Report on vaccination in Madras 1877-1894 - 1877-1894
Year: 1877
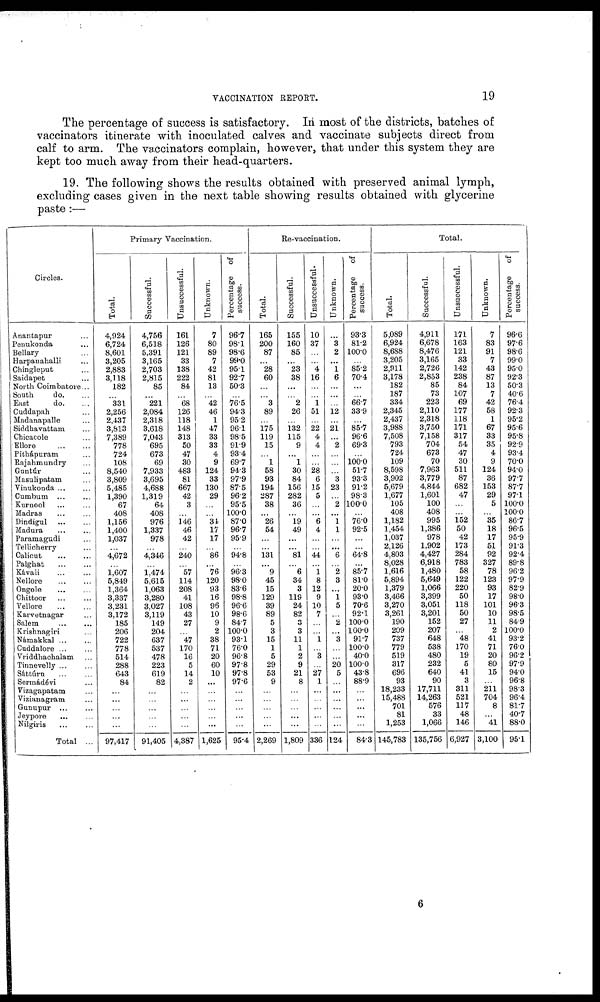
VACCINATION REPORT.
19
The percentage of success is satisfactory. In most of the districts, batches of
vaccinators itinerate with inoculated calves and vaccinate subjects direct from
calf to arm. The vaccinators complain, however, that under this system they are
kept too much away from their head-quarters.
19. The following shows the results obtained with preserved animal lymph,
excluding cases given in the next table showing results obtained with glycerine
paste:—
Circles.
Anantapur ...
Penukonda ...
Bellary ...
Harpanahalli ...
Chingleput ...
Saidapet ...
North Coimbatore...
South
do. ...
East
do. ...
Cuddapah ...
Madanapalle ...
Siddhavattam ...
Chioacole ...
Ellore
...
...
Pithápuram ...
Rajahmundry ...
Guntúr ...
Masulipatam ...
Vinukonda ... ...
Cumhum
...
...
Kurnool ... ...
Madras ... ...
Dindigul
...
...
Madura
...
...
Paramagudi ...
Tellicherry ...
Calicut
...
...
Palghat
...
...
Kávali
...
...
Nellore ... ...
Ongole
...
...
Chittoor
...
...
Vellore
...
...
Karvetnagar ...
Salem
...
...
Krishnagiri ...
Mámakkal ... ...
Cuddalore ... ...
Vriddhachalam ...
Tirraevelly ... ...
Sáttúrn
...
...
Sermádéci ...
Vizagapatam ...
Vizianagram ...
Gunupur
...
...
Jeypore ... ...
Nilgiris
...
...
Total ...
Primary Vaccination.
Total.
4,924
6,724
8,601
3,205
2,883
3,118
182
...
331
2,256
2,437
3,813
7,389
778
724
108
8,540
3,809
5,485
1,390
67
408
1,156
1,400
1,037
...
4,672
...
1,607
5,849
1,364
3,337
3,231
3,172
185
206
722
778
514
288
643
84
...
...
...
...
...
97,417
Successful.
4,756
6,518
5,391
3,165
2,703
2,815
85
...
221
2,084
2,318
3,618
7,043
695
673
69
7,933
3,695
4,688
1,319
64
408
976
1,337
978
...
4,346
...
1,474
5,615
1,063
3,280
3,027
3,119
149
204
637
537
478
223
619
82
...
...
...
...
...
91,405
Unsuccessful.
161
126
121
33
138
222
84
...
68
126
118
148
313
50
47
30
483
81
667
42
3
...
146
46
42
...
240
...
57
114
208
41
108
43
27
...
47
170
16
5
14
2
...
...
...
...
...
4,387
Unknown.
7
80
89
7
42
81
13
...
42
46
1
47
33
33
4
9
124
33
130
29
...
...
34
17
17
...
86
...
76
120
93
16
96
10
9
2
38
71
20
60
10
...
...
...
...
...
...
1,625
Percentage of
success.
96.7
98.1
98.6
99.0
95.1
92.7
50.3
...
76.5
94.3
95.2
96.1
98.5
91.9
93.4
69.7
94.3
97.9
87.5
96.2
95.5
100.0
87.0
96.7
95.9
...
94.8
...
96.3
98.0
88.6
98.8
96.6
98.6
84.7
100.0
93.1
76.0
96.8
97.8
97.8
97.6
...
...
...
...
...
95.4
Re-vaccination.
Total.
165
200
87
...
28
60
...
...
3
89
...
175
119
15
...
1
58
93
194
287
38
...
26
54
...
...
131
...
9
45
15
129
39
89
5
3
15
1
5
29
53
9
...
...
...
...
...
2,269
Successful.
155
160
85
...
23
38
...
...
2
26
...
132
115
9
...
1
30
84
156
282
36
...
19
49
...
...
81
...
6
34
3
119
24
82
3
3
11
1
2
9
21
8
...
...
...
...
...
1,809
Unsuccessful.
10
37
...
...
4
16
...
...
1
51
...
22
4
4
...
...
28
6
15
5
...
...
6
4
...
...
44
...
1
8
12
9
10
7
...
...
1
...
3
...
27
1
...
...
...
...
...
336
Unknown.
...
3
2
...
1
6
...
...
...
12
...
21
...
2
...
...
...
3
23
...
2
...
1
1
...
...
6
...
2
3
...
1
5
...
2
...
3
...
...
20
5
...
...
...
...
...
...
124
Percentage
of
success.
93.3
81.2
100.0
...
85.2
70.4
...
...
66.7
33.9
...
85.7
96.6
69.3
...
100.0
51.7
93.3
91.2
98.3
100.0
...
76.0
92.5
...
...
64.8
...
85.7
81.0
20.0
93.0
70.6
92.1
100.0
100.0
91.7
100.0
40.0
100.0
43.8
88.9
...
...
...
...
...
84.3
Total.
Total.
5,089
6,924
8,688
3,205
2,911
3,178
182
187
334
2,345
2,437
3,988
7,508
793
724
109
8,598
3,902
5,679
1,677
105
408
1,182
1,454
1,037
2,126
4,803
8,028
1,616
5,894
1,379
3,466
3,270
3,261
190
209
737
779
519
317
696
93
18,233
15,488
701
81
1,253
145,783
Successful.
4,911
6,678
8,476
3,165
2,726
2,853
85
73
223
2,110
2,818
3,750
7,158
704
673
70
7,963
3,779
4,844
1,601
100
408
995
1,386
978
1,902
4,427
6,918
1,480
5,649
1,066
3,399
3,051
3,201
152
207
648
538
480
232
640
90
17,711
14,263
576
33
1,066
135,756
Unsuccessful.
171
163
121
33
142
238
84
107
69
177
118
171
317
54
47
30
511
87
682
47
...
...
152
50
42
173
284
783
58
122
220
50
118
50
27
...
48
170
19
5
41
3
311
521
117
48
146
6,927
Unknown.
7
83
91
7
43
87
13
7
42
58
1
67
33
35
4
9
124
36
153
29
5
...
35
18
17
51
92
327
78
123
93
17
101
10
11
2
41
71
20
80
15
...
211
704
8
...
41
3,100
Percentage of
success.
96.6
97.6
98.6
99.0
95.0
92.3
50.3
40.6
76.4
92.3
95.2
95.6
95.8
92.9
93.4
70.0
94.0
97.7
87.7
97.1
100.0
100.0
86.7
96.5
95.9
91.3
92.4
89.8
96.2
97.9
82.9
98.0
96.3
98.5
84.9
100.0
93.2
76.0
96.2
97.9
94.0
96.8
98.3
96.4
81.7
40.7
88.0
95.1
6